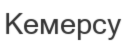
Кемерсу